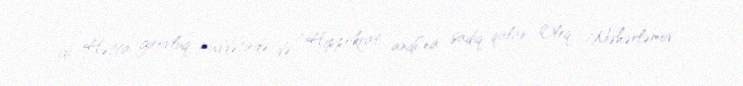
idi. Hətta girovluq müddətində də “Hippokrat andı”na sadiq qalan Oleq Məhərləmov